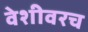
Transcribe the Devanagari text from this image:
वेशीवरच